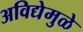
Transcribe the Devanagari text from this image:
अविद्येमुळे